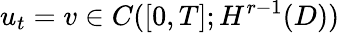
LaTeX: u_{t}=v\in C([0,T];H^{r-1}(D))